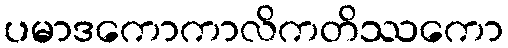
ပမာဒကောကာလိကတိဿကော